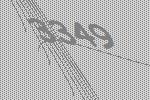
3349